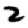
Digit: 2